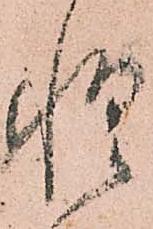
惶